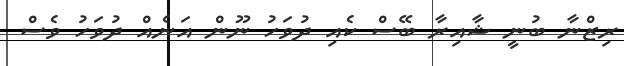
ރިޒްނާ ބުނީ ޝާއިރާ ބޭސް ކެއި ދުވަހު ނޫން އަނެއް ދުވަހު ވެސް